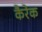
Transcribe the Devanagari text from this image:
कैरेक